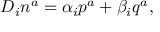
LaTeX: D _ { i } n ^ { a } = \alpha _ { i } p ^ { a } + \beta _ { i } q ^ { a } ,